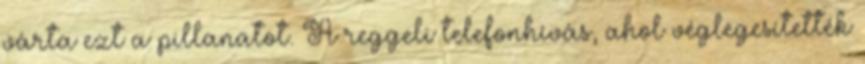
várta ezt a pillanatot. A reggeli telefonhívás, ahol véglegesítették